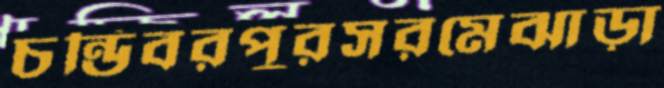
চন্ডিবরপুরসরমেঝাড়া